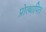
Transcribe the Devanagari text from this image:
प्रोत्थापित